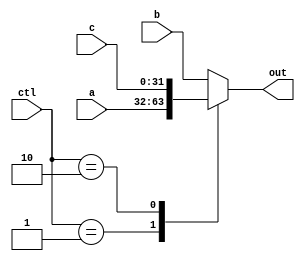
module MUX3(out, a, b, c, ctl);
parameter NBitS = 32, CBit = 2;
output [NBitS - 1 : 0] out;reg [NBitS - 1 : 0] out;
input [NBitS - 1 : 0] a, b, c;
input [CBit - 1 : 0] ctl;
always @(*) begin
    case (ctl)
        1 : out = a;
        2 : out = c;
        default : out = b;
    endcase
end
endmodule